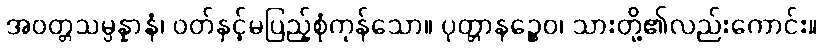
အဝတ္တသမ္ပန္နာနံ၊ ဝတ်နှင့်မပြည့်စုံကုန်သော။ ပုတ္တာနဉ္စေဝ၊ သားတို့၏လည်းကောင်း။